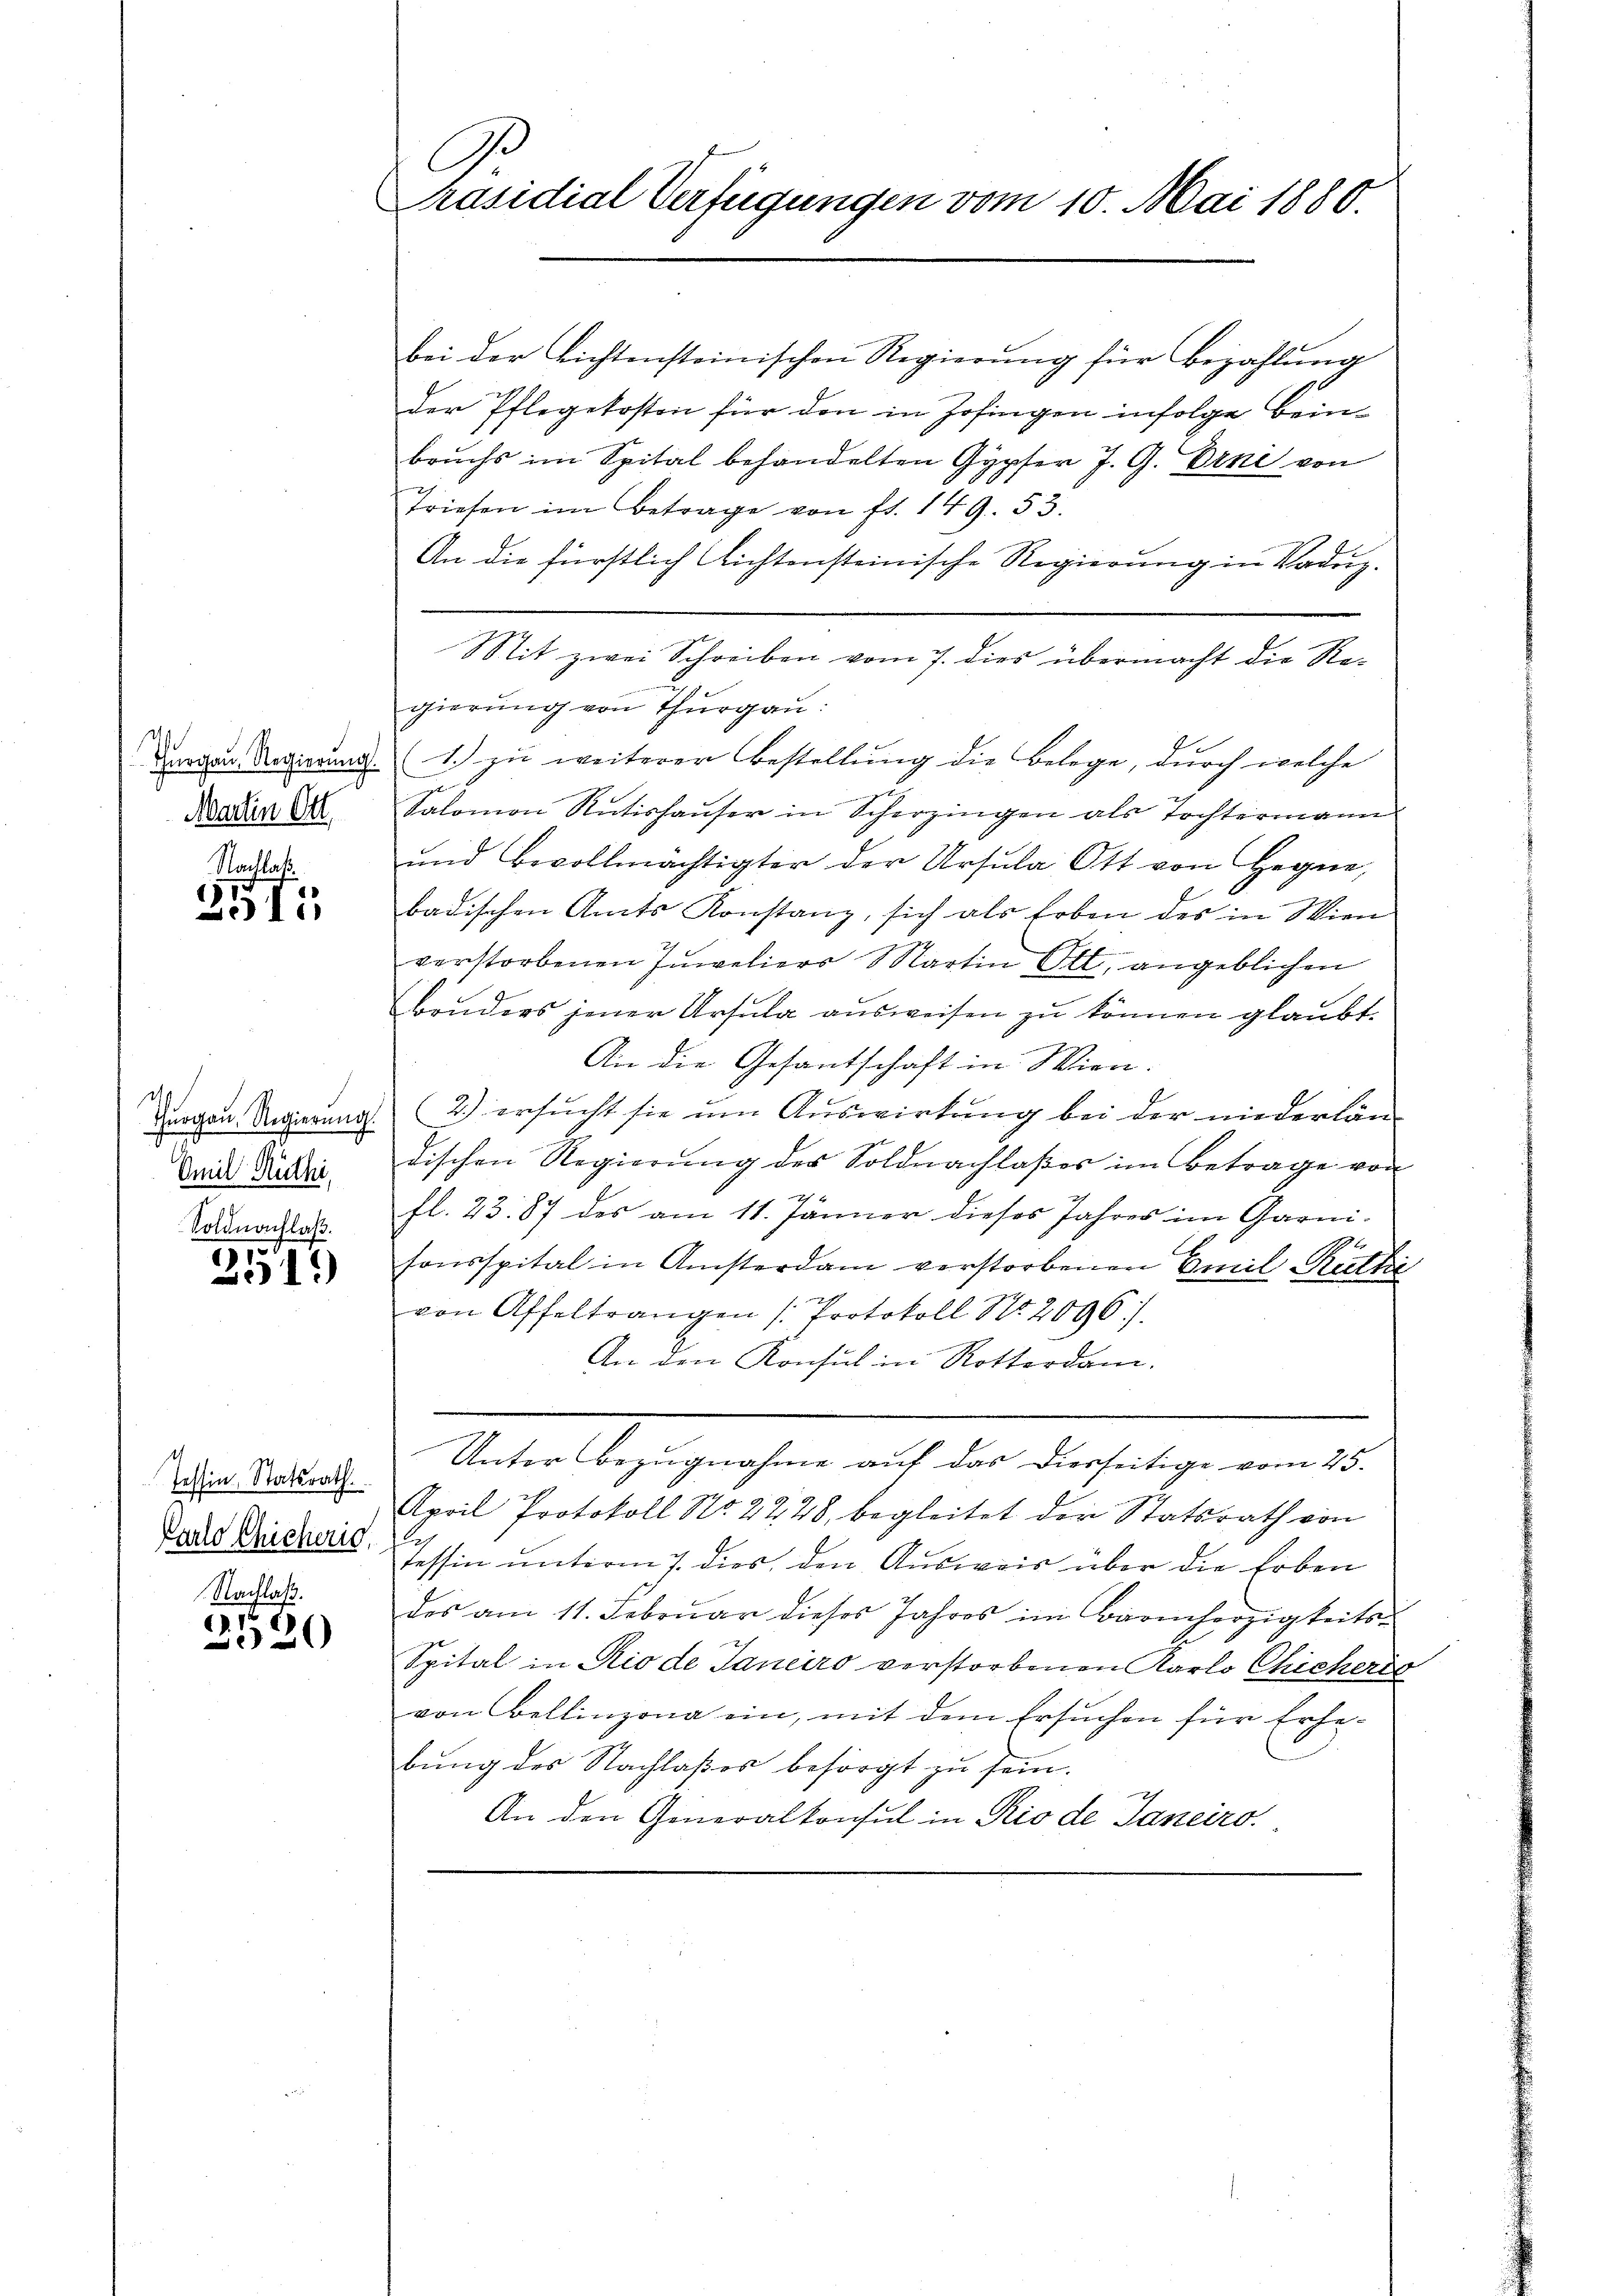
Martin Ott

Nachlas
2511

2
Omil Rüthi

Soldnachlaß.
1.
01.)

Parlo Chicherig,
Nachlaß.

2520

C
Präsidial-Verfügungen vom 10. Mai 1880.

bei der Lichtensteinischen Regierung für Bezahlung
der Pflegekosten für den in Zofingen infolge Beinbruchs im Spital behandelten Gypfer J. G. Erni von
Triesen im Betrage von fl. 149. 53.
An die fürstlich nichtensteinische Regierung in Vaduz-
Stit zwei Schreiben vom 7. dies übermacht die Regierung von Thurgau:
Dargen Regierung: 1.) zu weiterer Bestellung die Belege, durch welche
e
Salomon Rütishauser in Scherzingen als Tochtermann
und Bevollmächtigter der Ursula Ott von Hegne,
badischen Amts Konstanz, sich als Erben des in Wien
verstorbenen Iŭweliers Martin Ott, angeblichen
Bruders jener Ursula ausweisen zu können glaubt.
An die Gesantschaft in Wien.
e
Hergau, Regierung (2.) ersucht sie um Auswirkung bei der niederländischen Regierŭng des Soldnachlaβes im Betrage von
fl. 23. 87 des am 11. Jänner dieses Jahres im Garni-
sonsspital in Ansterdam verstorbenen Emil Restfie
a
von Affeltrangen (Protokoll No 2096.
An den Konsul in Rotterdam.
win Stadtrath Unter Bezugnahme auf das Dierseitige vom 25.
April Protokoll No 2228, begleitet der Statsrath von
tessin unterm 7. dies, den Ausweis über die Erben
des am 11. Februar dieses Jahres im Barmherzigkeits¬
Spital in Rio de Janeiro verstorbenen Karlo Chicheris
von Bellinzona ein, mit dem Ersuchen für Erhebung des Nachlaßes besorgt zu sein.
An den Generalkonsul in Rio de Janeiro